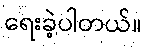
ရေးခဲ့ပါတယ်။